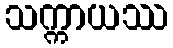
သက္ကာယဿ